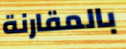
بالمقارنة